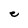
Character: C